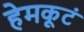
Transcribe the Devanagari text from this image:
हेमकूटं